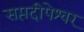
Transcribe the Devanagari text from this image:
सप्तदीपेश्वर